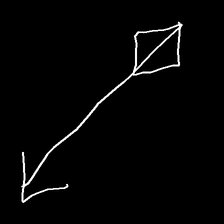
Glyph: focus